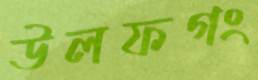
উলফগং